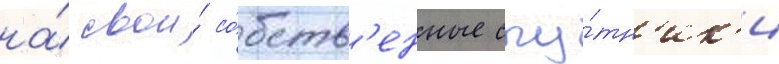
на́ свои́ со́бств'енные спу́тн'ик'и